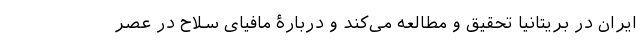
ایران در بریتانیا تحقیق و مطالعه می‌کند و دربارۀ مافیای سلاح در عصر